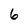
Character: 6